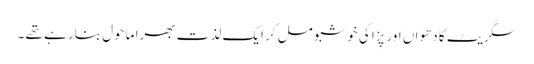
سگریٹ کا دھواں اور پِزا کی خوشبو مل کر ایک لذت بھرا ماحول بنا رہے تھے ۔